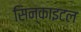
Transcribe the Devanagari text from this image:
सिन्काइटल